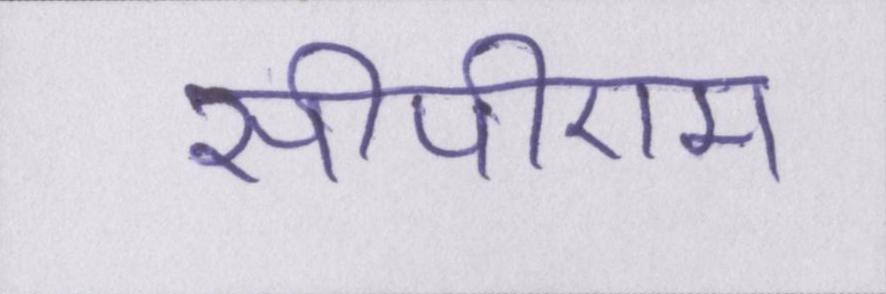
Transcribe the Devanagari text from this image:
सीपीएम